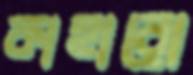
কাহারো